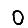
Digit: 0